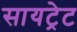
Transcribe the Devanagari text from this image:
सायट्रेट